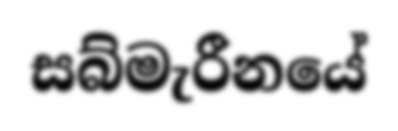
සබ්මැරීනයේ